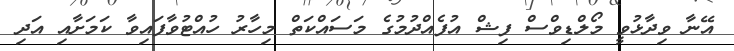
އޭނާ ވިދާޅުވީ މޯލްޑިވްސް ފިޝް އުފެއްދުމުގެ މަސައްކަތް މިހާރު ހުއްޓުވާފައިވާ ކަމަށާއި އަދި